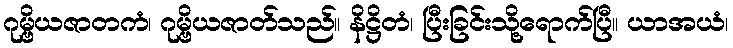
ဂုမ္ဗိယဇာတကံ၊ ဂုမ္ဗိယဇာတ်သည်။ နိဋ္ဌိတံ၊ ပြီးခြင်းသို့ရောက်ပြီ။ ယာအယံ၊